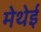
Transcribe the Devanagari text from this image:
मेथेई